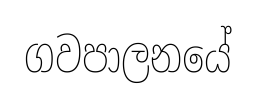
ගවපාලනයේ